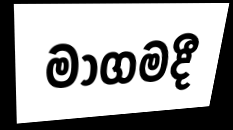
මාගමදී